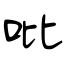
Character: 吡